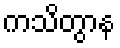
ကသိတွာန